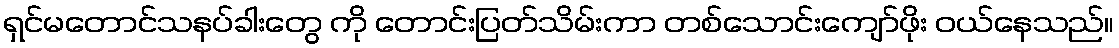
ရှင်မတောင်သနပ်ခါးတွေ ကို တောင်းပြတ်သိမ်းကာ တစ်သောင်းကျော်ဖိုး ဝယ်နေသည်။